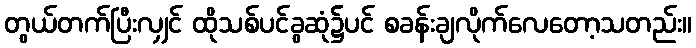
တွယ်တက်ပြီးလျှင် ထိုသစ်ပင်ခွဆုံ၌ပင် စခန်းချလိုက်လေတော့သတည်း။